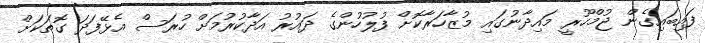
ފައިބައިގެން ޖުމްހޫރީ މައިދާނުގައި މުޒާހަރާކޮށް ފުލުހުންގެ ދައުރު އަދާކުރުމަށް ހުރަސް އެޅޭފަދަ ގޮތަކަށް